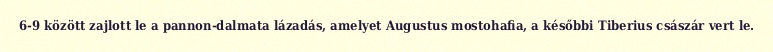
6-9 között zajlott le a pannon-dalmata lázadás, amelyet Augustus mostohafia, a későbbi Tiberius császár vert le.